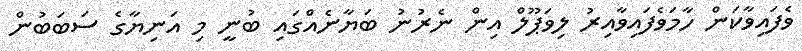
ވެފައިވާކަން ހާމަވެފައިވާއިރު ލިވަޕޫލް އިން ނެރުނު ބަޔާނެއްގައި ބުނީ މި އަނިޔާގެ ސަބަބުން